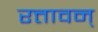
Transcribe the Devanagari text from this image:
रत्तावन्